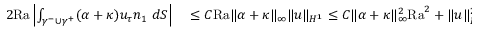
\begin{array} { r l } { 2 \mathrm { { R a } } \left| \int _ { \gamma ^ { - } \cup \gamma ^ { + } } ( \alpha + \kappa ) u _ { \tau } n _ { 1 } \ d S \right| } & { { } \leq C \mathrm { { R a } } \| \alpha + \kappa \| _ { \infty } \| u \| _ { H ^ { 1 } } \leq C \| \alpha + \kappa \| _ { \infty } ^ { 2 } \mathrm { { R a } } ^ { 2 } + \| u \| _ { H ^ { 1 } } ^ { 2 } . } \end{array}